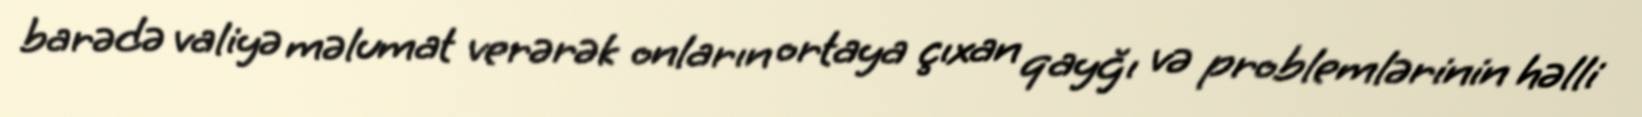
barədə valiyə məlumat verərək onların ortaya çıxan qayğı və problemlərinin həlli